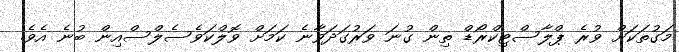
މަގުތަކަށް ވުރެ ޕްލާސްޓިކްރޯޑް ތިން ގުނަ ވަރުގަދަވާނެ ކަމަށް ވޮލްކަވެސެލްސްއިން ބުނެ އެވެ.